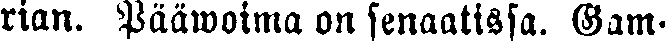
rian. Pääwoima on senaatissa. Gam-